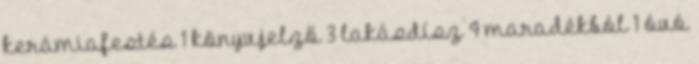
kerámiafestés 1 könyvjelző 3 lakásdísz 4 maradékból 1 óvó